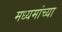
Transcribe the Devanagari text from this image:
मध्यमांच्या